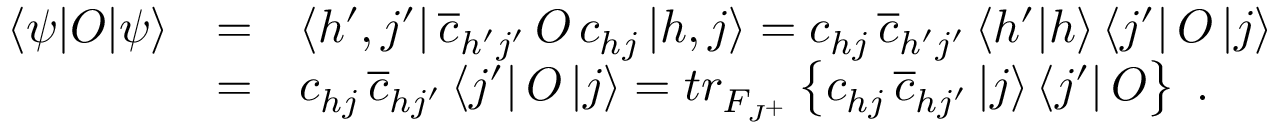
\begin{array} { l l l } { { \left< \psi | O | \psi \right> } } & { { = } } & { { \left< h ^ { \prime } , j ^ { \prime } \right| \overline { { { c } } } _ { h ^ { \prime } j ^ { \prime } } \, O \, { c } _ { h j } \left| h , j \right> = { c } _ { h j } \, \overline { { { c } } } _ { h ^ { \prime } j ^ { \prime } } \left< h ^ { \prime } | h \right> \left< j ^ { \prime } \right| O \left| j \right> } } \\ { { } } & { { = } } & { { { c } _ { h j } \, \overline { { { c } } } _ { h j ^ { \prime } } \left< j ^ { \prime } \right| O \left| j \right> = t r _ { \cal F _ { J ^ { + } } } \left\{ { c } _ { h j } \, \overline { { { c } } } _ { h j ^ { \prime } } \left| j \right> \left< j ^ { \prime } \right| O \right\} \; . } } \end{array}